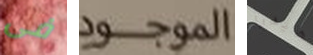
فى الموجود هيدرا